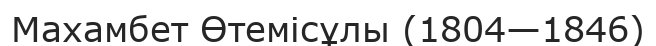
Махамбет Өтемісұлы (1804—1846)